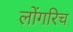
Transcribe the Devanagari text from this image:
लोंगरिच